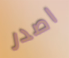
اصدر